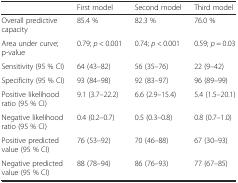
|  | First model | Second model | Third model |
 | --- | --- | --- | --- |
 | Overall predictive capacity | 85.4 % | 82.3 % | 76.0 % |
 | Area under curve; p-value | 0.79; p < 0.001 | 0.74; p < 0.001 | 0.59; p = 0.03 |
 | Sensitivity (95 % CI) | 64 (43–82) | 56 (35–76) | 22 (9–42) |
 | Specificity (95 % CI) | 93 (84–98) | 92 (83–97) | 96 (89–99) |
 | Positive likelihood ratio (95 % CI) | 9.1 (3.7–22.2) | 6.6 (2.9–15.4) | 5.4 (1.5–20.1) |
 | Negative likelihood ratio (95 % CI) | 0.4 (0.2–0.7) | 0.5 (0.3–0.8) | 0.8 (0.7–1.0) |
 | Positive predicted value (95 % CI) | 76 (53–92) | 70 (46–88) | 67 (30–93) |
 | Negative predicted value (95 % CI) | 88 (78–94) | 86 (76–93) | 77 (67–85) |